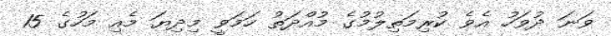
ވަނަ ދުވަހު އެވެ ކުރިމަތިލުމުގެ މުއްދަތު ހަމަވީ މިދިޔަ މެއި މަހުގެ 15